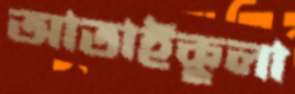
আতাইকুলা